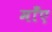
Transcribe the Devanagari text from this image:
माँए